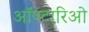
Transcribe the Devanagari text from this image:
ऑण्टारिओ